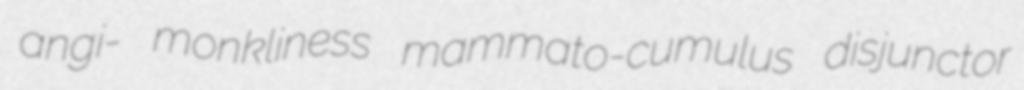
angi- monkliness mammato-cumulus disjunctor